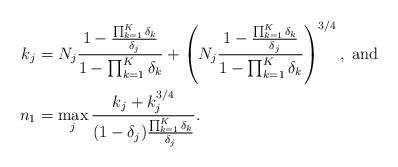
LaTeX: \begin{align*}k_j &= N_j\frac{1-\frac{\prod_{k=1}^K\delta_k}{\delta_j}}{1-\prod_{k=1}^K\delta_k} + \left(N_j\frac{1-\frac{\prod_{k=1}^K\delta_k}{\delta_j}}{1-\prod_{k=1}^K\delta_k}\right)^{3/4}, \mbox{ and }\\n_1 &= \max_{j} \frac{k_j+k_j^{3/4}}{(1-\delta_j)\frac{\prod_{k=1}^K\delta_k}{\delta_j}}.\end{align*}